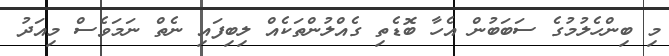
މި ބިންހެލުމުގެ ސަބަބުން އެހާ ބޮޑެތި ގެއްލުންތަކެއް ލިބިފައި ނެތް ނަމަވެސް މިއަދު